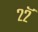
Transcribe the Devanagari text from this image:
२२ॅ